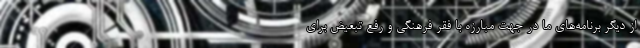
از دیگر برنامه‌های ما در جهت مبارزه با فقر فرهنگی و رفع تبعیض برای